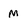
Character: M